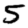
Digit: 5